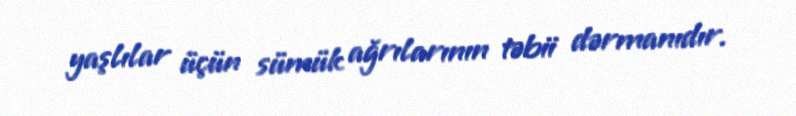
yaşlılar üçün sümük ağrılarının təbii dərmanıdır.